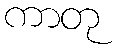
ကာတု